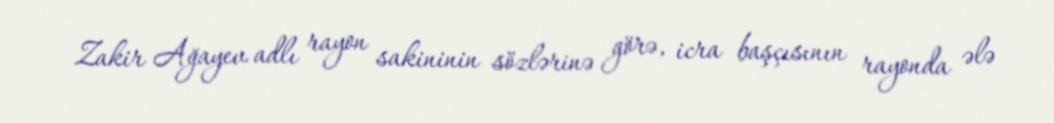
Zakir Ağayev adlı rayon sakininin sözlərinə görə, icra başçısının rayonda ələ